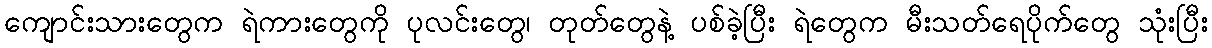
ကျောင်းသားတွေက ရဲကားတွေကို ပုလင်းတွေ၊ တုတ်တွေနဲ့ ပစ်ခဲ့ပြီး ရဲတွေက မီးသတ်ရေပိုက်တွေ သုံးပြီး